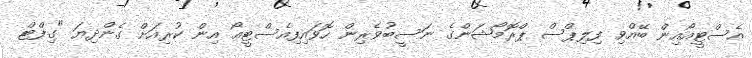
އެސްޓީއޯއިން ބޭއްވި ފިލިޕްސް ޕްރޮމޯޝަންގެ ނަސީބުވެރިން ހޮވައިފިއެސްޓީއޯ އިން ކުރިއަށް ގެންދިޔަ "ގިފްޓް